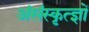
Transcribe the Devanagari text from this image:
अंसंस्कृत्ज्ञों